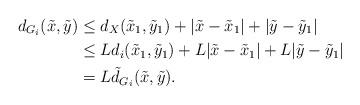
LaTeX: \begin{align*}d_{G_i}(\tilde x, \tilde y) &\leq d_X(\tilde x_1, \tilde y_1) + |\tilde x - \tilde x_1| + |\tilde y - \tilde y_1| \\ &\leq L d_i(\tilde x_1, \tilde y_1) + L|\tilde x - \tilde x_1| + L|\tilde y - \tilde y_1|\\&= L\tilde d_{G_i}(\tilde x, \tilde y).\end{align*}